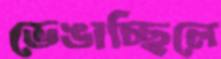
ভেঙাচ্ছিলে